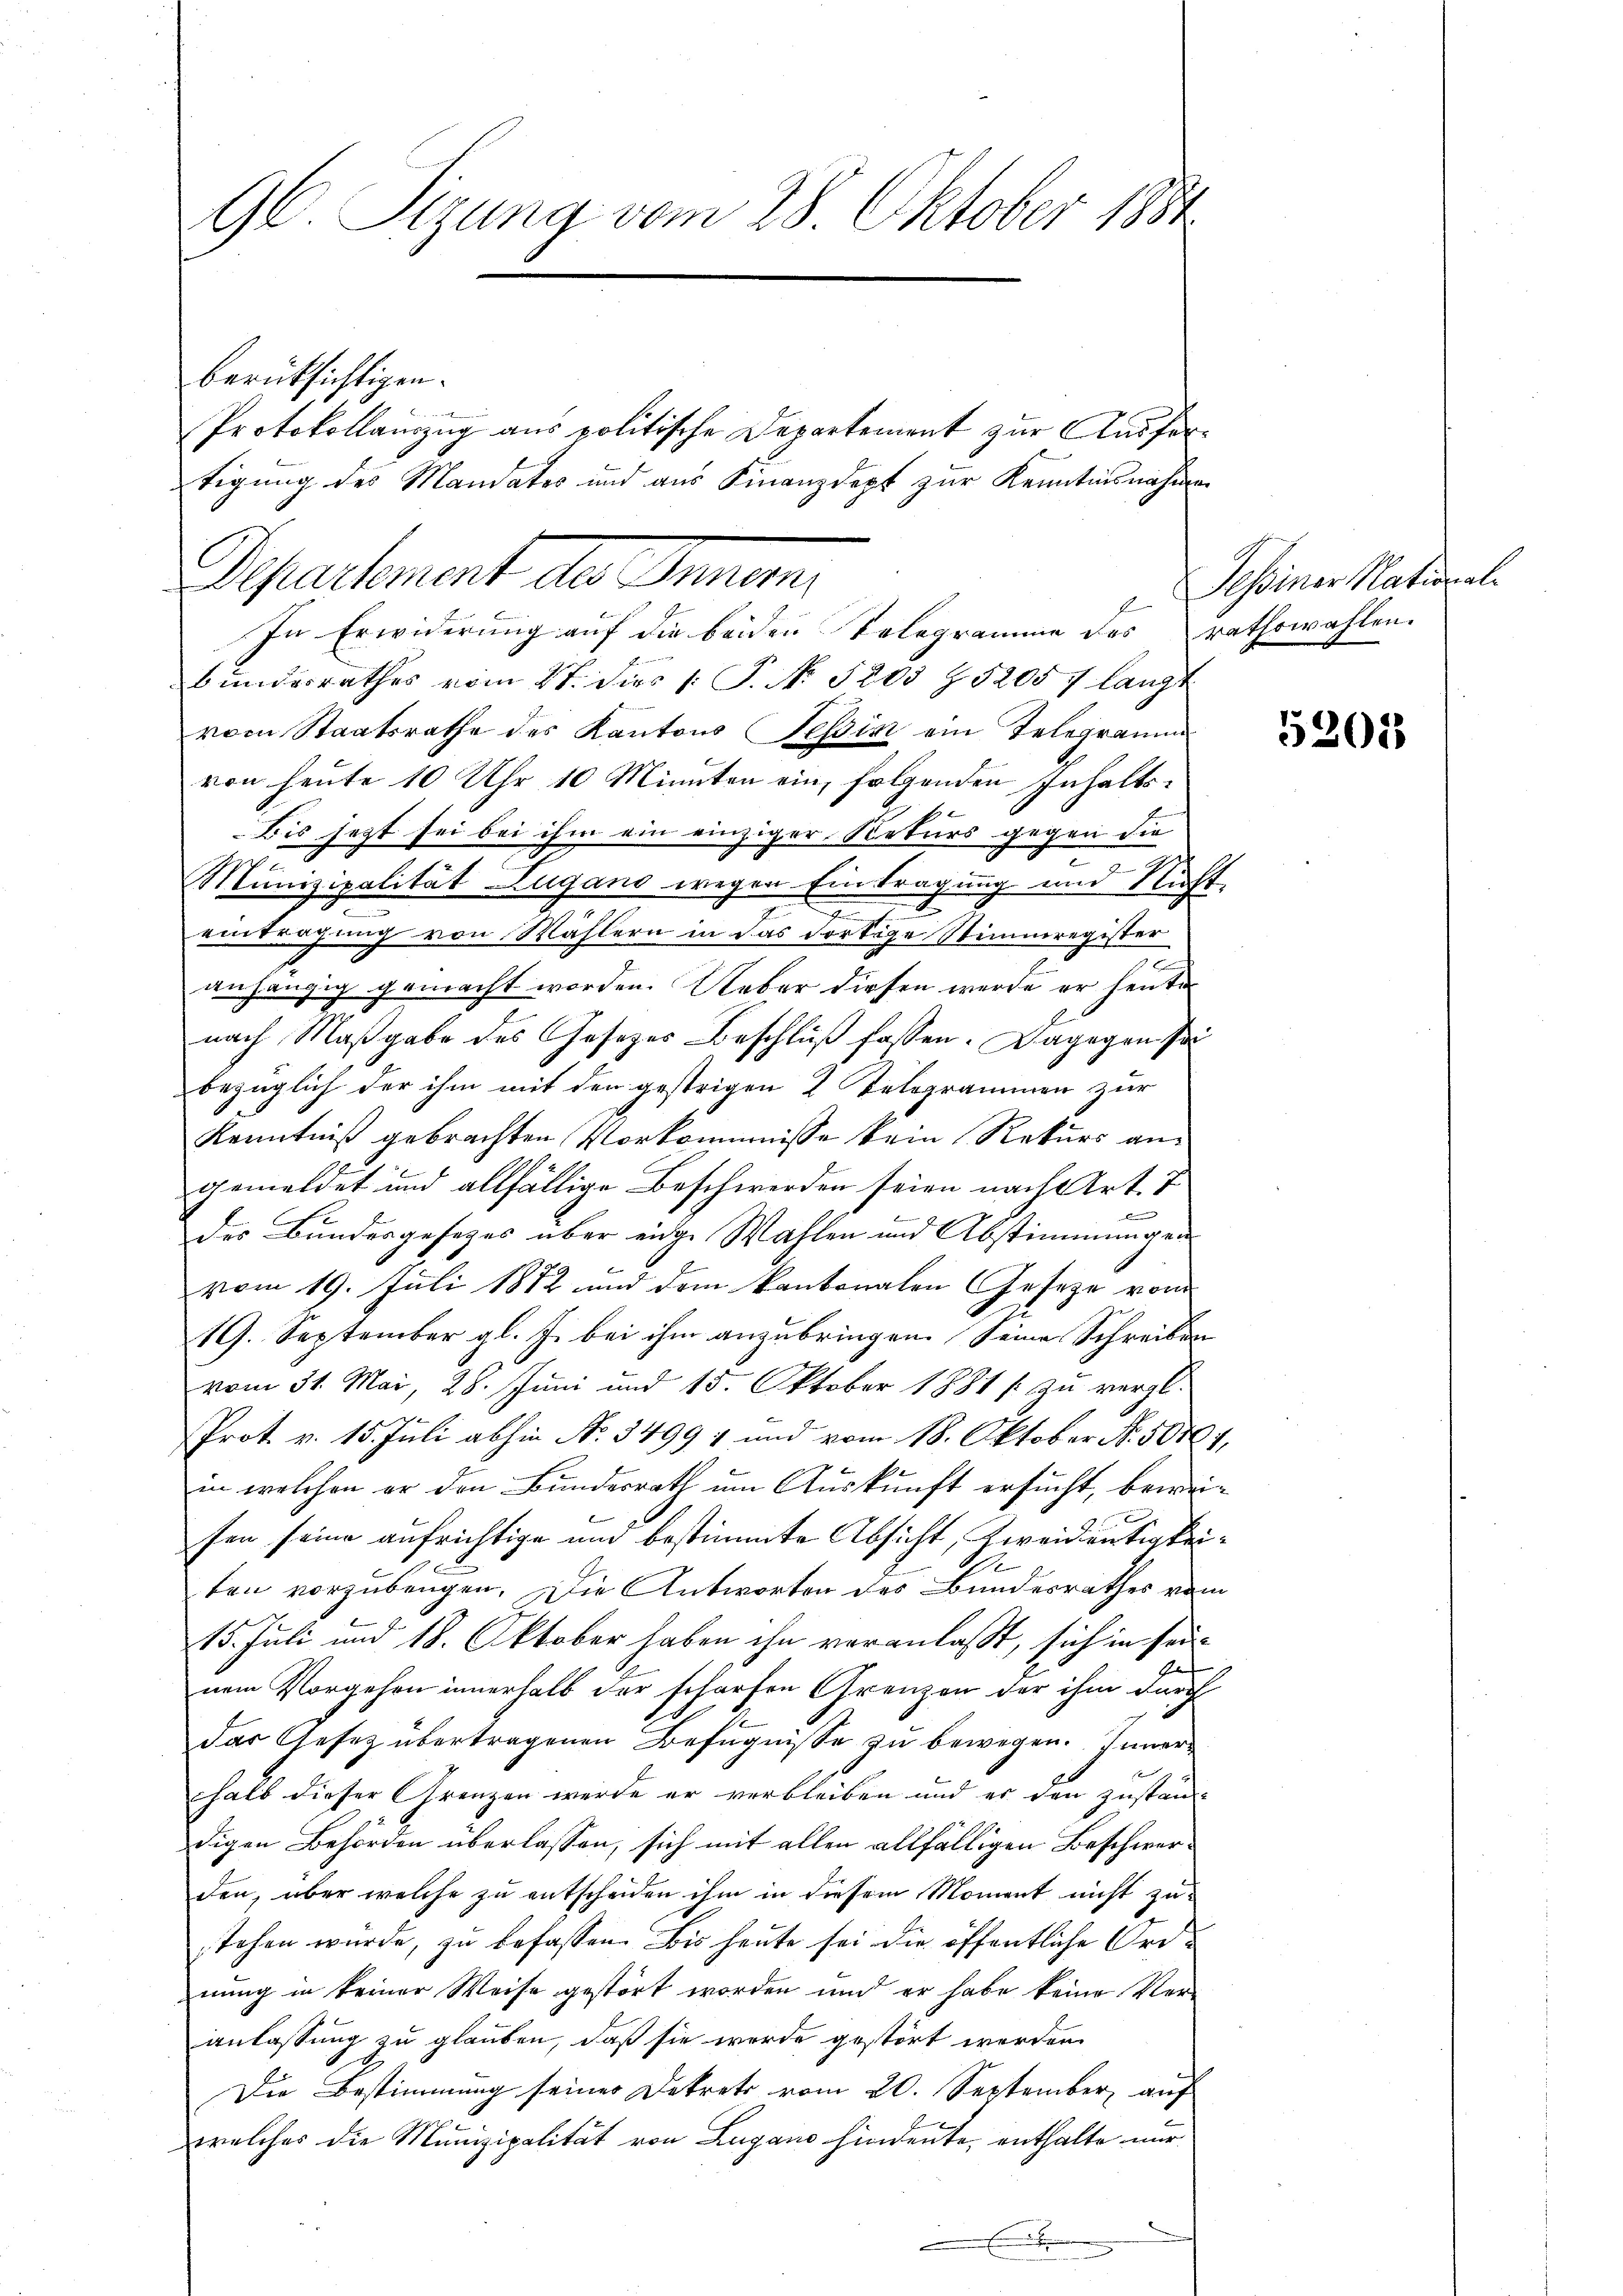
96. Sizung vom 28. Oktober 1884

berücksichtigen.
Departement des Innern,
bundesrathes vom St. dies /: P. Nr. 1205 § 5205 f langt
vom Staatsrathe des Kantons Tessin ein Telegramm
von heute 10 Uhr 10 Minuten ein, folgenden Inhalts¬
Bis jetzt sei bei ihm ein einziger Rekurs gegen die
.
e
Munizipalität Zugano wegen Eintragung und Nicht,
2
eintragung von Wählern in das dortige Stimmregister
C
anhängig gemacht worden. Ueber diesen werde er heute
nach Maßgabe des Gesetzes Beschluß fassen. Dagegen sei
bezüglich der ihm mit den gestrigen 2 Telegrammen zur
Kenntniß gebrachten Vorkommnisse kein Rekurs angemeldet und allfällige Beschwerden seien nach Art. 7
des Bundesgesezes über einge Wahlen und Abstimmungen
vom 19. Juli 1882 und dem kantonalen Geseze vom
19. September gl. J. bei ihm anzubringen seine Schreiben
vom 31. Mai, 28. Juni und 15. Oktober 1881 f: zu vergl.
Prot. v. 15. Juli abhin Nr. 3499, und vom 18. Oktober No. 50004,
in welchen er den Bundesrath um Auskunft ersucht, beweifen seine aufrichtige und bestimmte Absicht, Zweideutigkei¬
Ge
2
ten vorzubeugen. Die Antworten des Bundesrathes vom
15. Juli und 18. Oktober haben ihn veranlasst, sich in seinem Vorgehen innerhalb der scharfen Grenzen der ihm durch
das Gesetz übertragenen Befugnisse zu bewegen. Innerhalb dieser Grenzen werde er verbleiben und er den zustand-
digen Behörden überlassen, sich mit allen allfälligen Beschwerden, über welche zu entscheiden ihm in diesem Moment nicht zustehen würde, zu befassen. Bis heute sei die öffentliche Ordnung in keiner Weise gestört worden und er habe keine Ver-
anlassung zu glauben, daß sie wurde gestört worden.
Die Bestimmung seiner Dekrets vom 20. September, auf
welches die Munizipalität von Lugano hindente, enthalte nur
b

Protokollauszug aus politische Departement zur Ausfortigung des Mandates und aus Finanzdept zur Kenntnisnahme

E
In Erwiderung auf die beiden Telegramme des rathswahlen.

Tessiner National-

5201